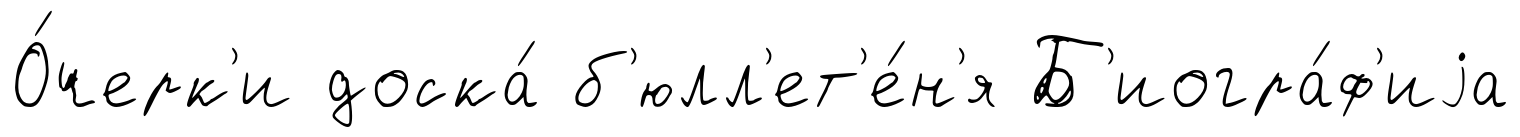
О́черк'и доска́ б'юлл'ет'е́н'я Б'иогра́ф'иjа